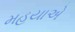
મહયાએ